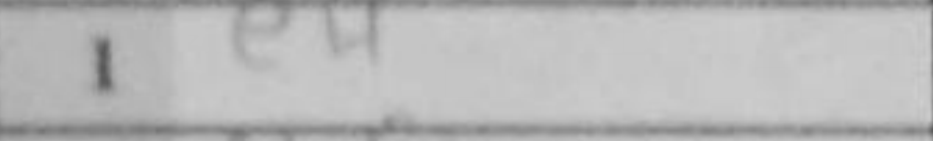
Transcription: e4